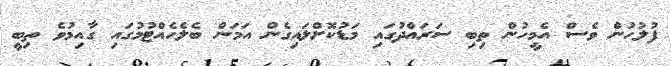
ފުލުހުން ވެސް އެމީހުން ތިބި ސަރައްދުގައި މަޑުކޮށްލައިގެން އަމަން ބެލެހެއްޓުމުގައި ގާއިމުވެ ތިބީ